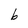
Character: b